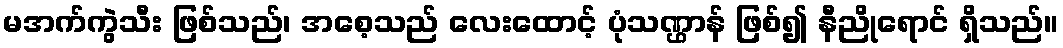
မအက်ကွဲသီး ဖြစ်သည်၊ အစေ့သည် လေးထောင့် ပုံသဏ္ဌာန် ဖြစ်၍ နီညိုရောင် ရှိသည်။